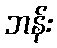
ဘန်း